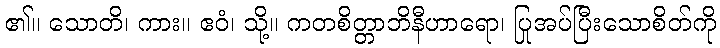
၏။ သောတိ၊ ကား။ ဧဝံ၊ သို့။ ကတစိတ္တာဘိနီဟာရော၊ ပြုအပ်ပြီးသောစိတ်ကို